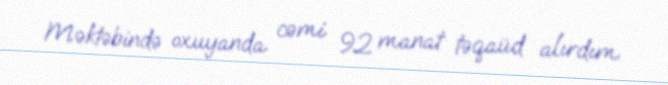
Məktəbində oxuyanda cəmi 92 manat təqaüd alırdım.